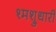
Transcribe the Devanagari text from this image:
श्मश्रुधारी